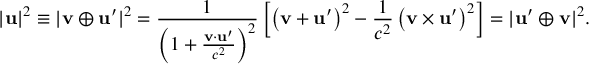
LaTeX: | \mathbf { u } | ^ { 2 } \equiv | \mathbf { v } \oplus \mathbf { u } ^ { \prime } | ^ { 2 } = { \frac { 1 } { \left( 1 + { \frac { \mathbf { v } \cdot \mathbf { u } ^ { \prime } } { c ^ { 2 } } } \right) ^ { 2 } } } \left[ \left( \mathbf { v } + \mathbf { u } ^ { \prime } \right) ^ { 2 } - { \frac { 1 } { c ^ { 2 } } } \left( \mathbf { v } \times \mathbf { u } ^ { \prime } \right) ^ { 2 } \right] = | \mathbf { u } ^ { \prime } \oplus \mathbf { v } | ^ { 2 } .